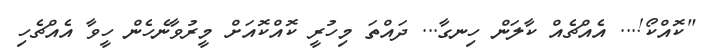
"ކޮއްކޯ!... އެއްޗެއް ކާލަން ހިނގާ... ދައްތަ މިހުރީ ކޮއްކޮއަށް މީރުވާނެހެން ހީވާ އެއްޗެހި